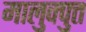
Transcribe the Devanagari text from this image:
मालुक्पुत्त